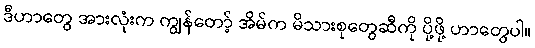
ဒီဟာတွေ အားလုံးက ကျွန်တော့် အိမ်က မိသားစုတွေဆီကို ပို့ဖို့ ဟာတွေပါ။